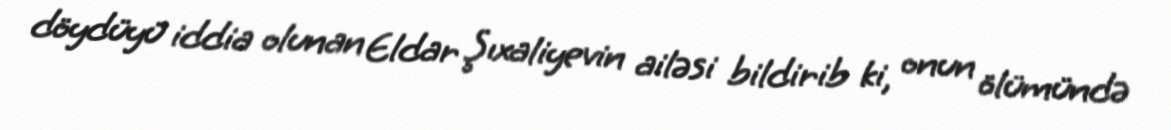
döydüyü iddia olunan Eldar Şıxaliyevin ailəsi bildirib ki, onun ölümündə